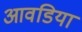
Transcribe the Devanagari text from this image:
आवडिया